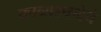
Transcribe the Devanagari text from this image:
काव्यरचनेचे